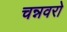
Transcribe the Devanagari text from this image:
चन्नवरो